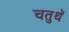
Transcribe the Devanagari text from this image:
चतुथॅ